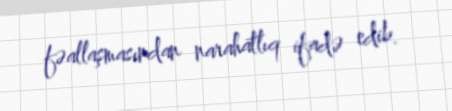
fəallaşmasından narahatlıq ifadə edib.